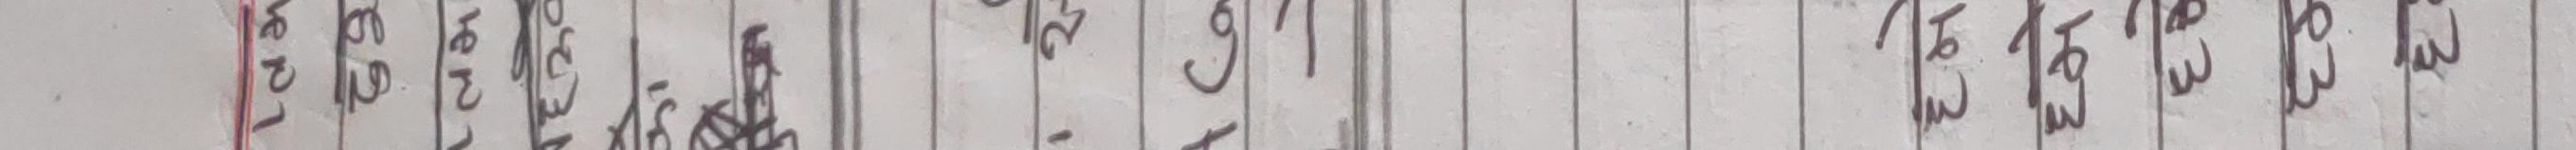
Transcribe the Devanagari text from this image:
२८७१ २९७६ ४७२५ १६४८ ९७८३ २८०१ १९३५ १९३४ १९३४ १९३४